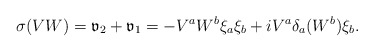
\begin{align*}\sigma (VW)=\mathfrak v_{2}+\mathfrak v_{1}=-V^{a}W^{b}\xi _{a}\xi _{b}+iV^{a}\delta _{a}(W^{b})\xi _{b}.\end{align*}